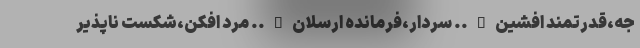
جه،قدرتمند افشین….. سردار،فرمانده ارسلان….. مرد افکن،شکست ناپذیر